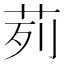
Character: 茢